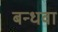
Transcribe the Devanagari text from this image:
बन्धवा